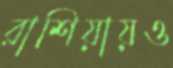
রাশিয়ায়ও